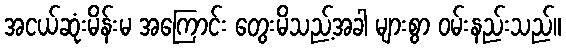
အငယ်ဆုံးမိန်းမ အကြောင်း တွေးမိသည့်အခါ များစွာ ဝမ်းနည်းသည်။